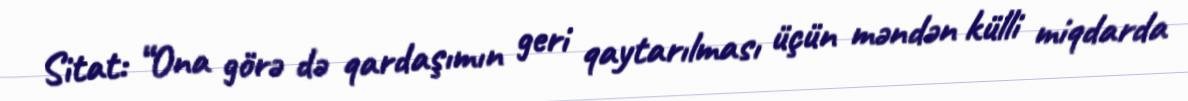
Sitat: “Ona görə də qardaşımın geri qaytarılması üçün məndən külli miqdarda